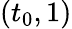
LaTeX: (t_{0},1)